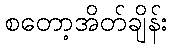
စတော့အိတ်ချိန်း